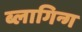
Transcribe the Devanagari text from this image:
ब्लागिन्ग